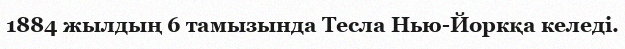
1884 жылдың 6 тамызында Тесла Нью-Йоркқа келеді.